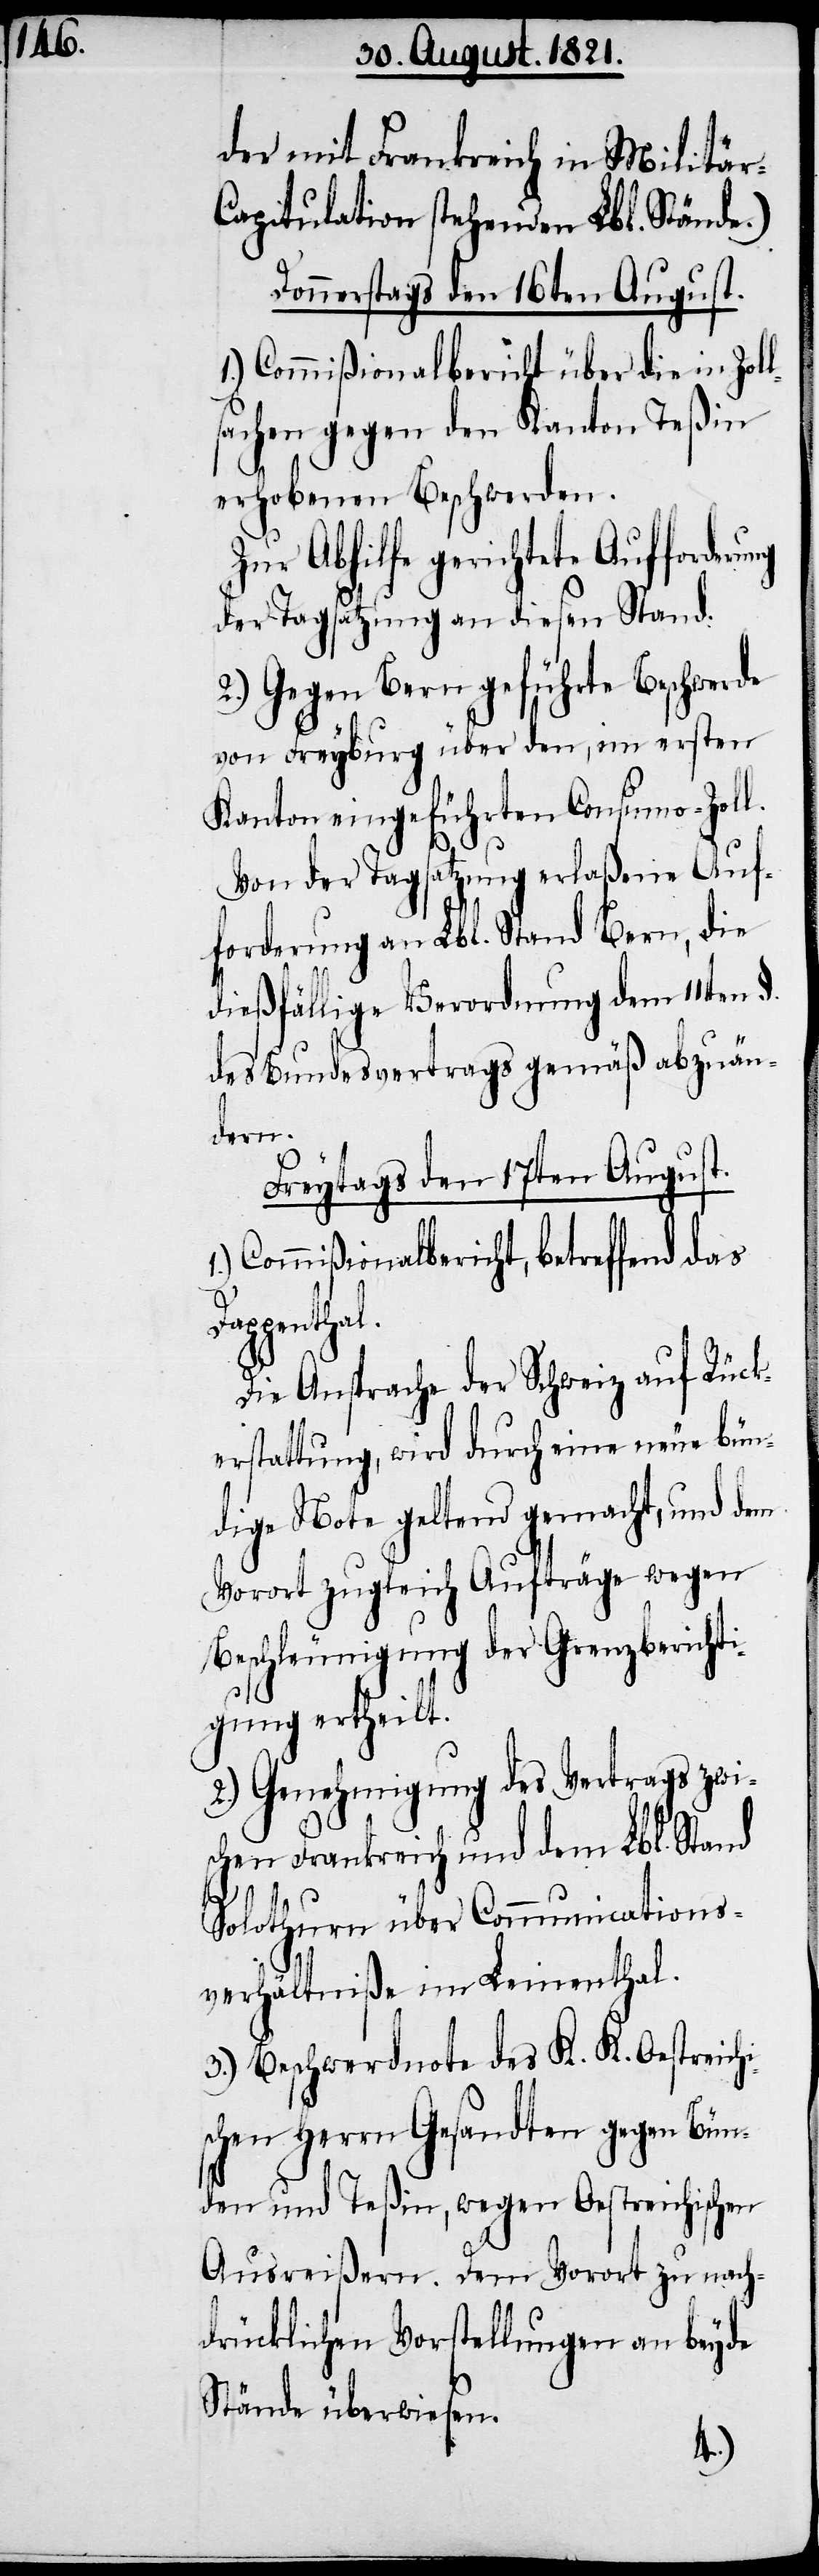
der mit Frankreich in Militär-C¬
apitulation stehenden Lbl. Stände.)
Donnerstags den 16ten August.
1.) Commißionalbericht über die in Zol¬
sachen gegen den Kanton Teßin
erhobenen Beschwerden.
Zur Abhilfe gereichte Aufforderung
der Tagsatzung an diesen Stand:
2.) Gegen Bern geführte Beschwerde
von Freyburg über den, im ersten
Kanton eingeführten Consumo-Zoll.
l¬
Von der Tagsatzung erlaßene Auf¬
forderung an Lbl. Stand Bern, die
dießfällige Verordnung dem 11ten §.
des Bundesvertrags gemäß abzuän¬
dern.
Freytags den 17ten August.
Commißionalbericht, betreffend das
Dappenthal.
Die Ansprache der Schweiz auf Rück¬
erstattung, wird durch eine neue bün¬
dige Note geltend gemacht, und dem
Vorort zugleich Aufträge wegen
Beschleunigung der Grenzbericht¬
igung ertheilt.
2.) Genehmigung des Vertrags zwi¬
schen Frankreich und dem Lbl. Stand
Solothurn über Communications¬
verhältniße im Leinenthal.
3.) Beschwerdenote des K. K. Oestreichi¬
schen Herrn Gesandten gegen Bün¬
den und Teßin, wegen Oestreichischen
Ausreißern. Dem Vorort zu nach¬
drücklichen Vorstellungen an beyde
Stände überwiesen.
1.)